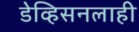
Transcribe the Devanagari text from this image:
डेव्हिसनलाही